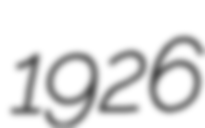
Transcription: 1926